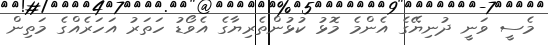
މެސީ ވަނީ ދުނިޔޭގެ އެންމެ މޮޅު ކުޅުންތެރިޔާގެ އެވޯޑު ހަތަރު އަހަރެއްގެ މަތިން